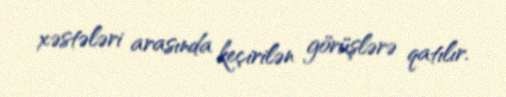
xəstələri arasında keçirilən görüşlərə qatılır.